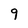
Character: q